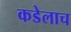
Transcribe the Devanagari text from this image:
कडेलाच